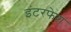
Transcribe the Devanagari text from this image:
इंटरफेश